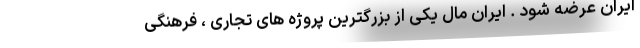
ایران عرضه شود . ایران مال یکی از بزرگترین پروژه های تجاری ، فرهنگی